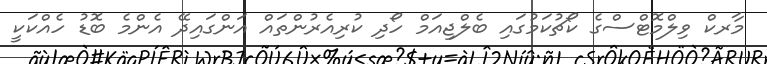
މާރކް ވިލްމޮޓްސްގެ ކޯޗުކަމުގައި ބެލްޖިއަމް ހޯދި ކުރިއެރުންތައް އަންގައިދޭ އެންމެ ބޮޑު ހެއްކަކީ